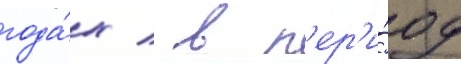
года́х / в п'ер'и́од